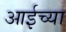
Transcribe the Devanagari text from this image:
आईच्‍या